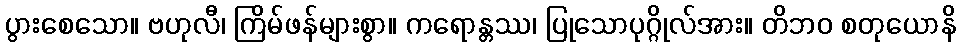
ပွားစေသော။ ဗဟုလီ၊ ကြိမ်ဖန်များစွာ။ ကရောန္တဿ၊ ပြုသောပုဂ္ဂိုလ်အား။ တိဘဝ စတုယောနိ